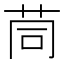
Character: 茼